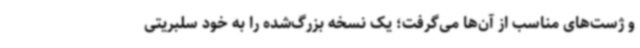
و ژست‌های مناسب از آن‌ها می‌گرفت؛ یک نسخه بزرگ‌شده را به خود سلبریتی